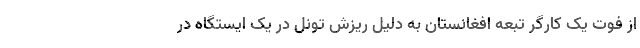
از فوت یک کارگر تبعه افغانستان به دلیل ریزش تونل در یک ایستگاه در